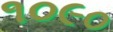
૧૦૯૦